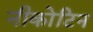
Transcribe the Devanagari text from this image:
नीकोटिन